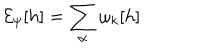
{ \cal E } _ { \psi } [ h ] = \sum _ { \alpha } \omega _ { k } [ h ]